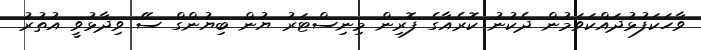
ވާހަކަފުޅުދައްކަވަމުން ދެކުނު ކޮރެއާގެ ފޮރިން މިނިސްޓަރު ޔުން ބިޔުންގް ސޭ ވިދާޅުވީ އުތުރު